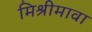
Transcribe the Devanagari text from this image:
मिश्रीमावा